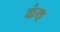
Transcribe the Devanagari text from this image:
कंथ